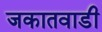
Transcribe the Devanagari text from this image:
जकातवाडी